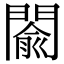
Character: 𨵦